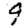
Digit: 9